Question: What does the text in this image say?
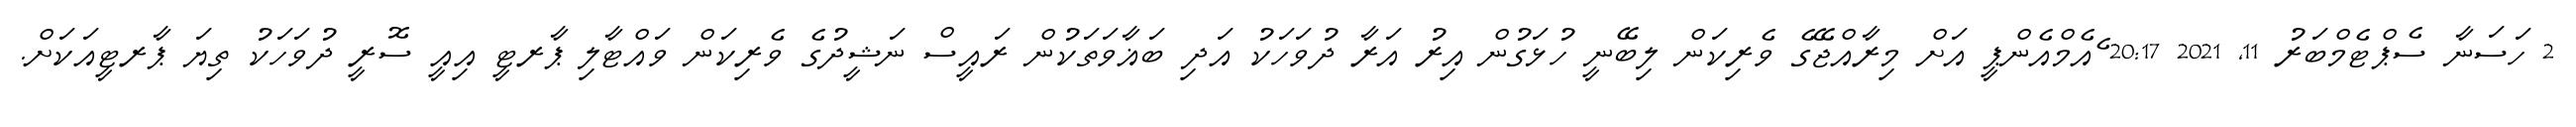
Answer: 2 ހަސަނާ ސެޕްޓެމްބަރު 11, 2021 20:17 ެއެމްއެންޕީ އަށް މިރާއްޖޭގެ ވެރިކަން ލިބޭނީ ހުޅަގުން އިރު އަރާ ދުވަހަކު އަދި ބަޣާވަތަކުން ރައީސް ނަޝީދުގެ ވެރިކަން ވައްޓާލި ޕާރޓީ އިއީ ސޮރީ ދުވަހަކު ތިޔަ ޕާރޓީއަކަށް.